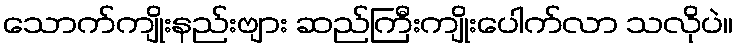
သောက်ကျိုးနည်းဗျား ဆည်ကြီးကျိုးပေါက်လာ သလိုပဲ။